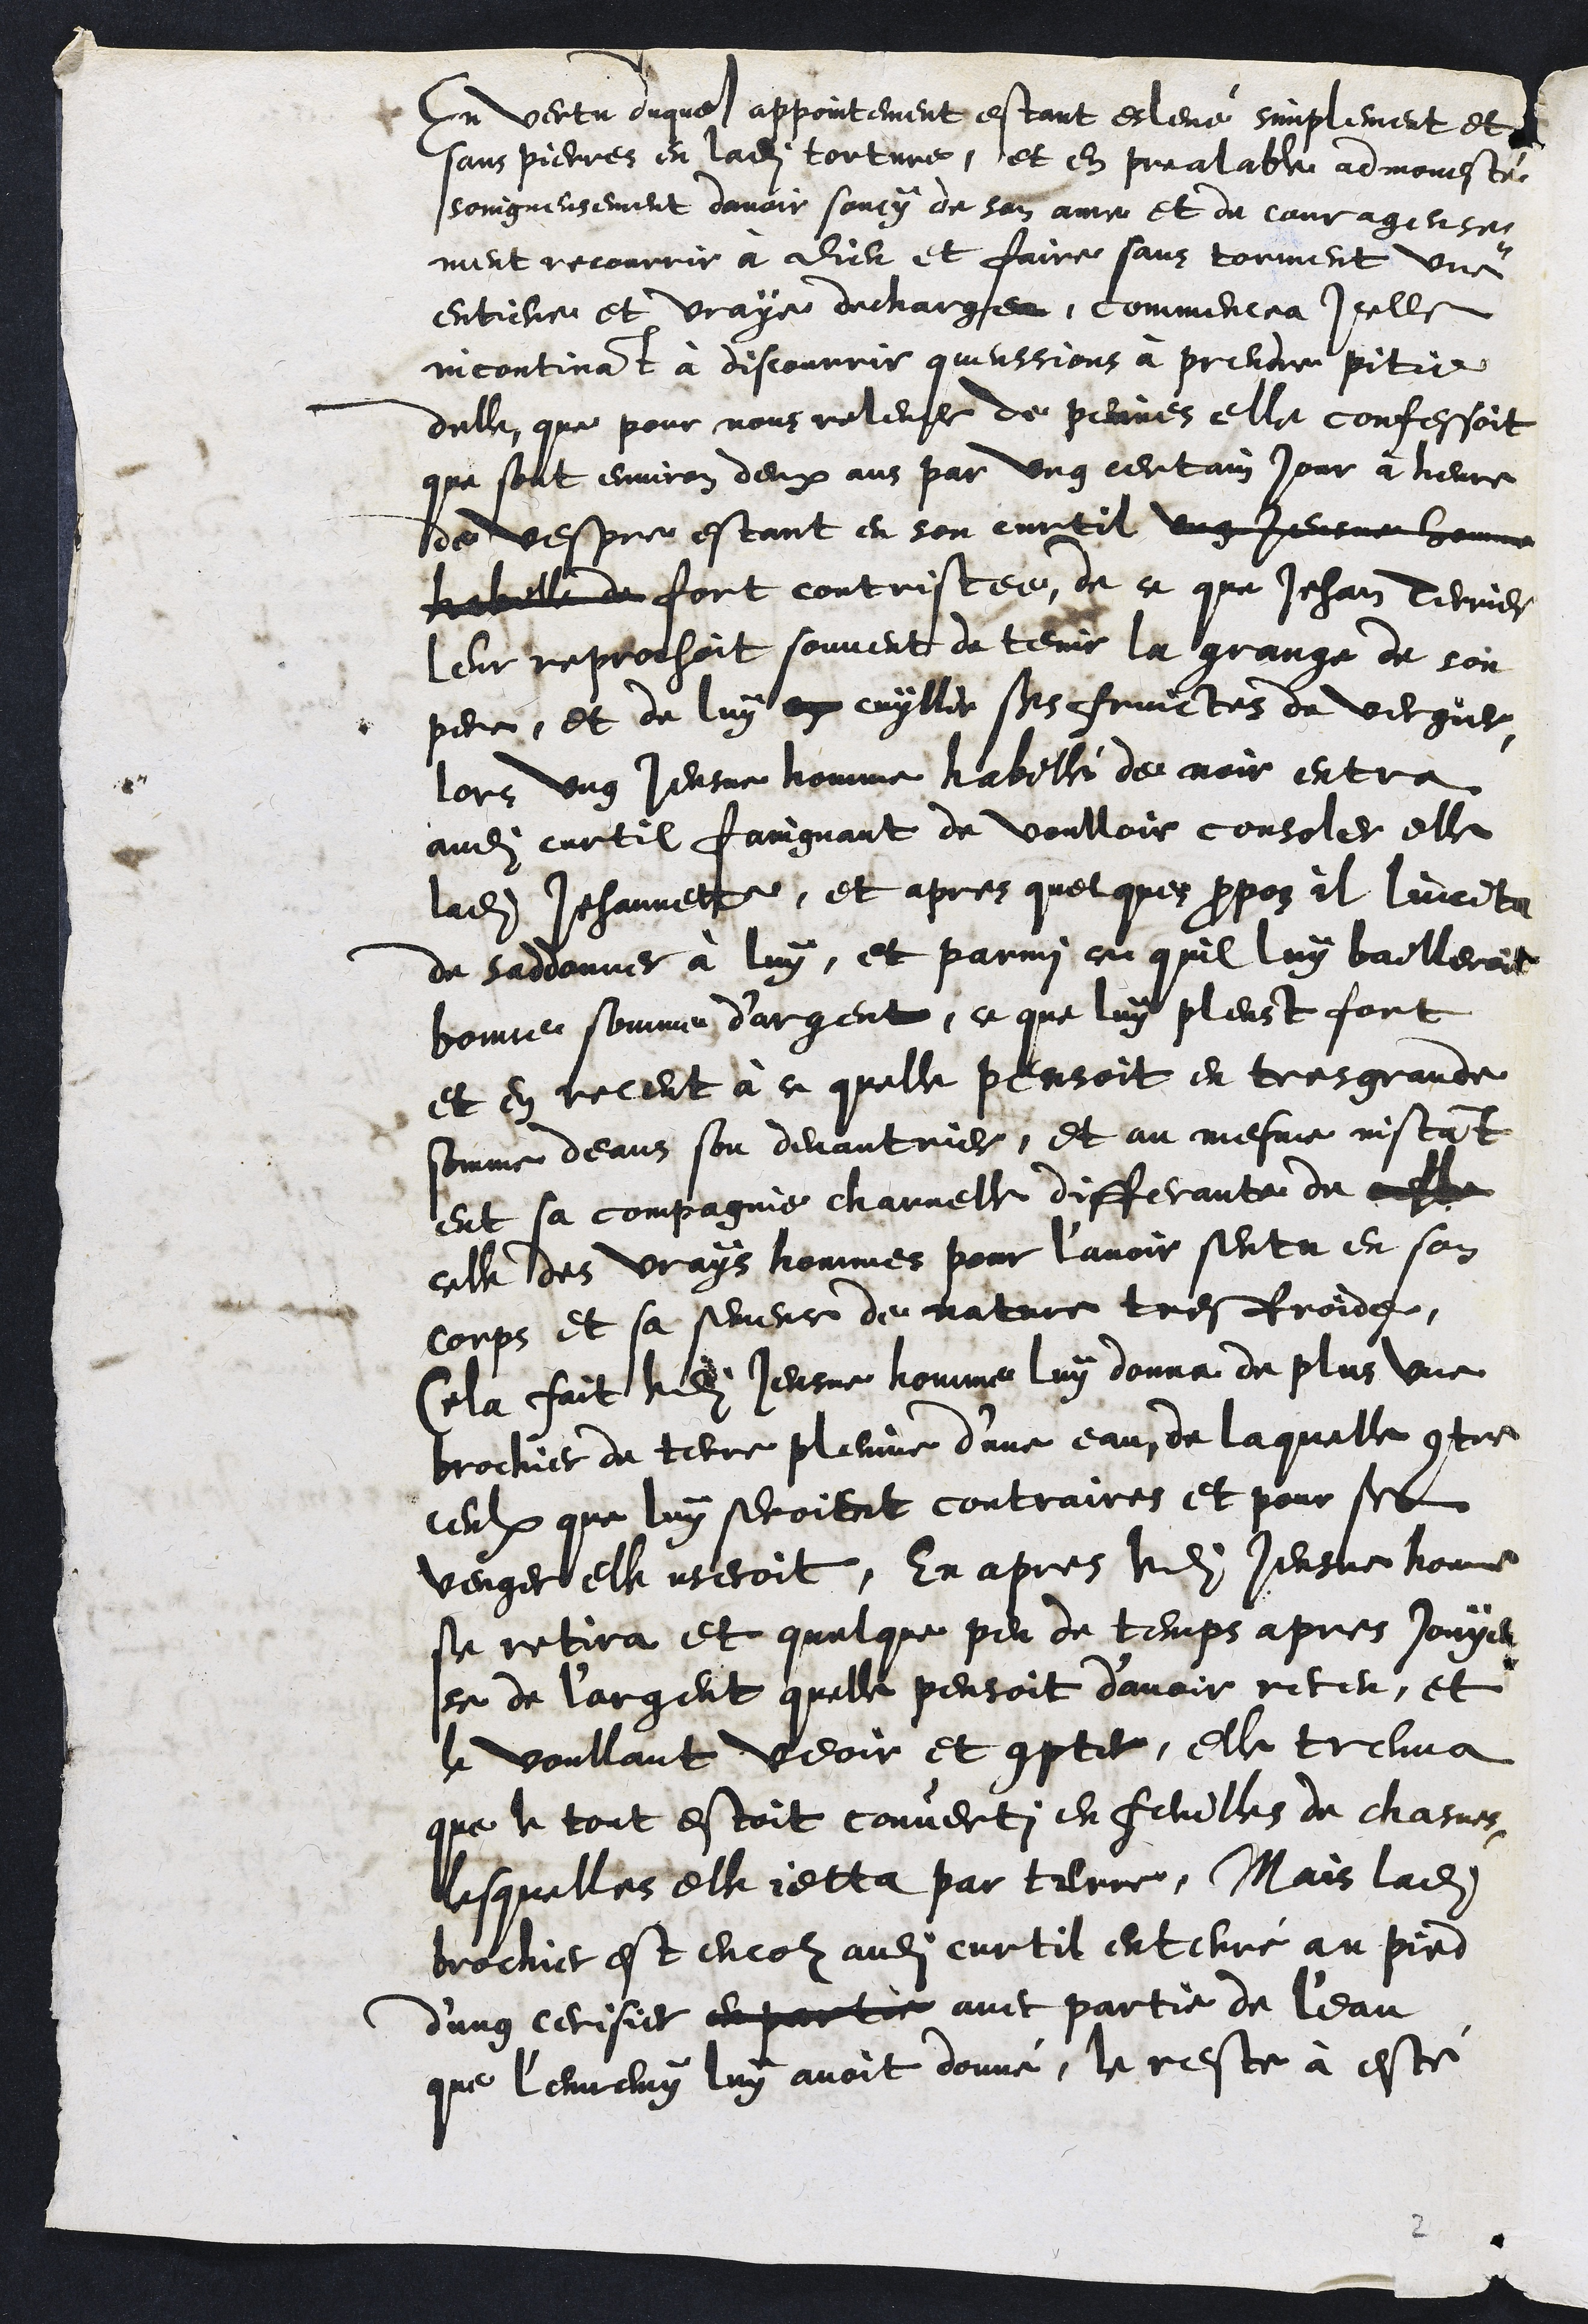
En vertu duquel appointement estant eslevé simplement et
sans pierres en ladite torture, et en preallable admonesté
soingneusement davoir soucy de son ame et de courageuse¬
ment recourrir à Dieu et faire sans torment une
entiere et vraye decharge, commencea icelle
incontinant à discourrir queussions à prendre pitie
delle que pour nous relever de peines elle confessoit
que sont environ deux ans par ung certain jour à heure
de vespre estant en son curtil ung Jeusne homme
habille de fort contristee, de ce que Jehan Terrier
leur reprochoit souvent de tenir la grange de son
pere, et de luy en cuyllir ses fruictes de vergier,
lors ung Jeusne homme habillé de noir entra
audit curtil faingnant de voulloir consoler elle
ladite Jehannette, et apres quelques propos il lincita
de saddonner à luy, et parmy ce quil luy bailleroit
bonne somme d'argent, ce que luy pleust fort
et en receut à ce quelle pensoit en tres grande
somme deans son devantrier, et au mesme instant
eut sa compagnie charnelle differante de celle
celle des vrays hommes pour l’avoir sentu en son
corps et sa semence de nature tres froide,
Cela fait ledit Jeusne homme luy donna de plus une
brochier de terre pleinne d'une eau, de laquelle contre
ceulx que luy seroient contraires et pour se
venger elle useroit. En apres ledit Jeusne homme
se retira et quelque peu de temps apres jouyeu¬
se de l'argent quelle pensoit d’avoir receu, et
le voullant veoir et compter, elle treuva
que le tout estoit converti en feuilles de chasne,
lesquelles elle jetta par terre, Mais ladite
brochier est encor audit curtil enterré au pied
d'ung cerisier en partie avec partie de l'eau
que l'ennemy luy avoit donné, le reste à esté

2